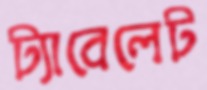
ট্যাবেলেট